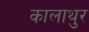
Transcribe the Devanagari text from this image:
कालाथुर